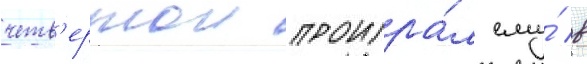
четв'ертои проигра́л ему́ в